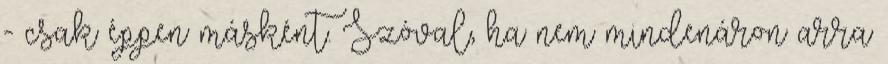
- csak éppen másként. Szóval, ha nem mindenáron arra